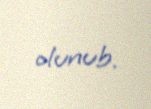
olunub.